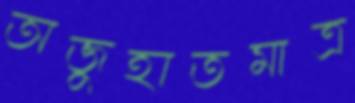
অজুহাতমাত্র